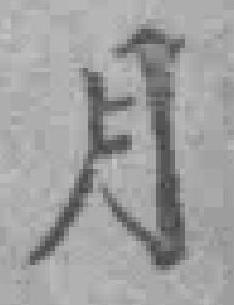
月